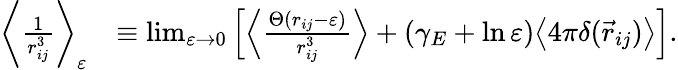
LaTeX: \begin{array}{rl}{\bigg\langle\frac{1}{r_{ij}^{3}}\bigg\rangle_{\varepsilon}}&{\equiv\operatorname*{lim}_{\varepsilon\rightarrow 0}\left[\left\langle\frac{\Theta(r_{ij}-\varepsilon)}{r_{ij}^{3}}\right\rangle+(\gamma_{E}+\ln\varepsilon)\big\langle 4\pi\delta(\vec{r}_{ij})\big\rangle\right].}\end{array}